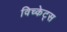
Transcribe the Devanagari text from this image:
विच्केट्स